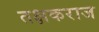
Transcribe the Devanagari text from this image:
तक्षकराज